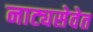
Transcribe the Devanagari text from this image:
नाट्यसेवेत